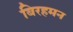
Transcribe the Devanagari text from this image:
बिरहमन